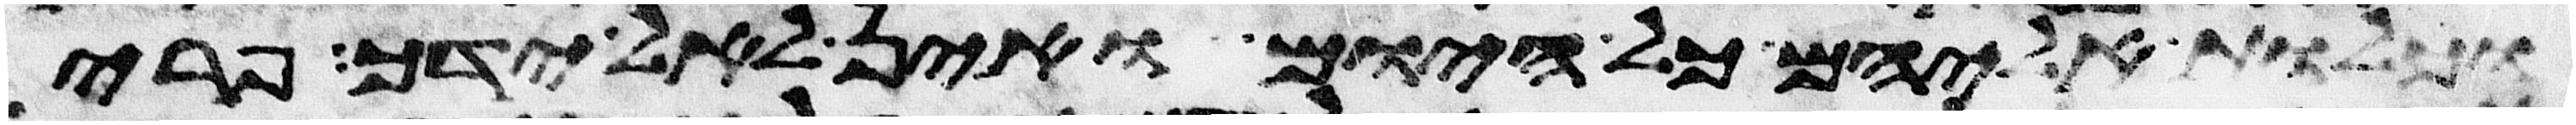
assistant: וכלות אליהם כל היום ואין לאל ידך פרי